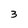
Character: 3